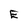
Character: E